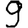
Digit: 9